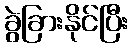
ခွဲခြားနိုင်ပြီး